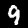
Digit: 9